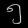
Digit: ၅